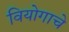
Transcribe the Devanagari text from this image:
वियोगाचे